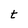
Character: t